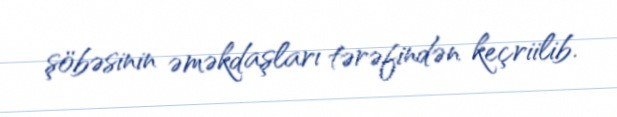
şöbəsinin əməkdaşları tərəfindən keçriilib.